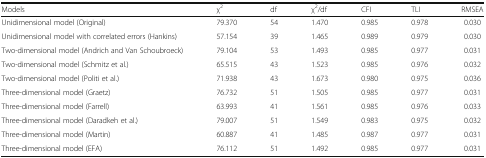
<table><thead><tr><td><b>Models</b></td><td><b>χ<sup>2</sup></b></td><td><b>df</b></td><td><b>χ<sup>2</sup>/df</b></td><td><b>CFI</b></td><td><b>TLI</b></td><td><b>RMSEA</b></td></tr></thead><tbody><tr><td>Unidimensional model (Original)</td><td>79.370</td><td>54</td><td>1.470</td><td>0.985</td><td>0.978</td><td>0.030</td></tr><tr><td>Unidimensional model with correlated errors (Hankins)</td><td>57.154</td><td>39</td><td>1.465</td><td>0.989</td><td>0.979</td><td>0.030</td></tr><tr><td>Two-dimensional model (Andrich and Van Schoubroeck)</td><td>79.104</td><td>53</td><td>1.493</td><td>0.985</td><td>0.977</td><td>0.031</td></tr><tr><td>Two-dimensional model (Schmitz et al.)</td><td>65.515</td><td>43</td><td>1.523</td><td>0.985</td><td>0.976</td><td>0.032</td></tr><tr><td>Two-dimensional model (Politi et al.)</td><td>71.938</td><td>43</td><td>1.673</td><td>0.980</td><td>0.975</td><td>0.036</td></tr><tr><td>Three-dimensional model (Graetz)</td><td>76.732</td><td>51</td><td>1.505</td><td>0.985</td><td>0.977</td><td>0.031</td></tr><tr><td>Three-dimensional model (Farrell)</td><td>63.993</td><td>41</td><td>1.561</td><td>0.985</td><td>0.976</td><td>0.033</td></tr><tr><td>Three-dimensional model (Daradkeh et al.)</td><td>79.007</td><td>51</td><td>1.549</td><td>0.983</td><td>0.975</td><td>0.032</td></tr><tr><td>Three-dimensional model (Martin)</td><td>60.887</td><td>41</td><td>1.485</td><td>0.987</td><td>0.977</td><td>0.031</td></tr><tr><td>Three-dimensional model (EFA)</td><td>76.112</td><td>51</td><td>1.492</td><td>0.985</td><td>0.977</td><td>0.031</td></tr></tbody></table>